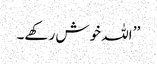
’’ اللہ خوش رکھے۔